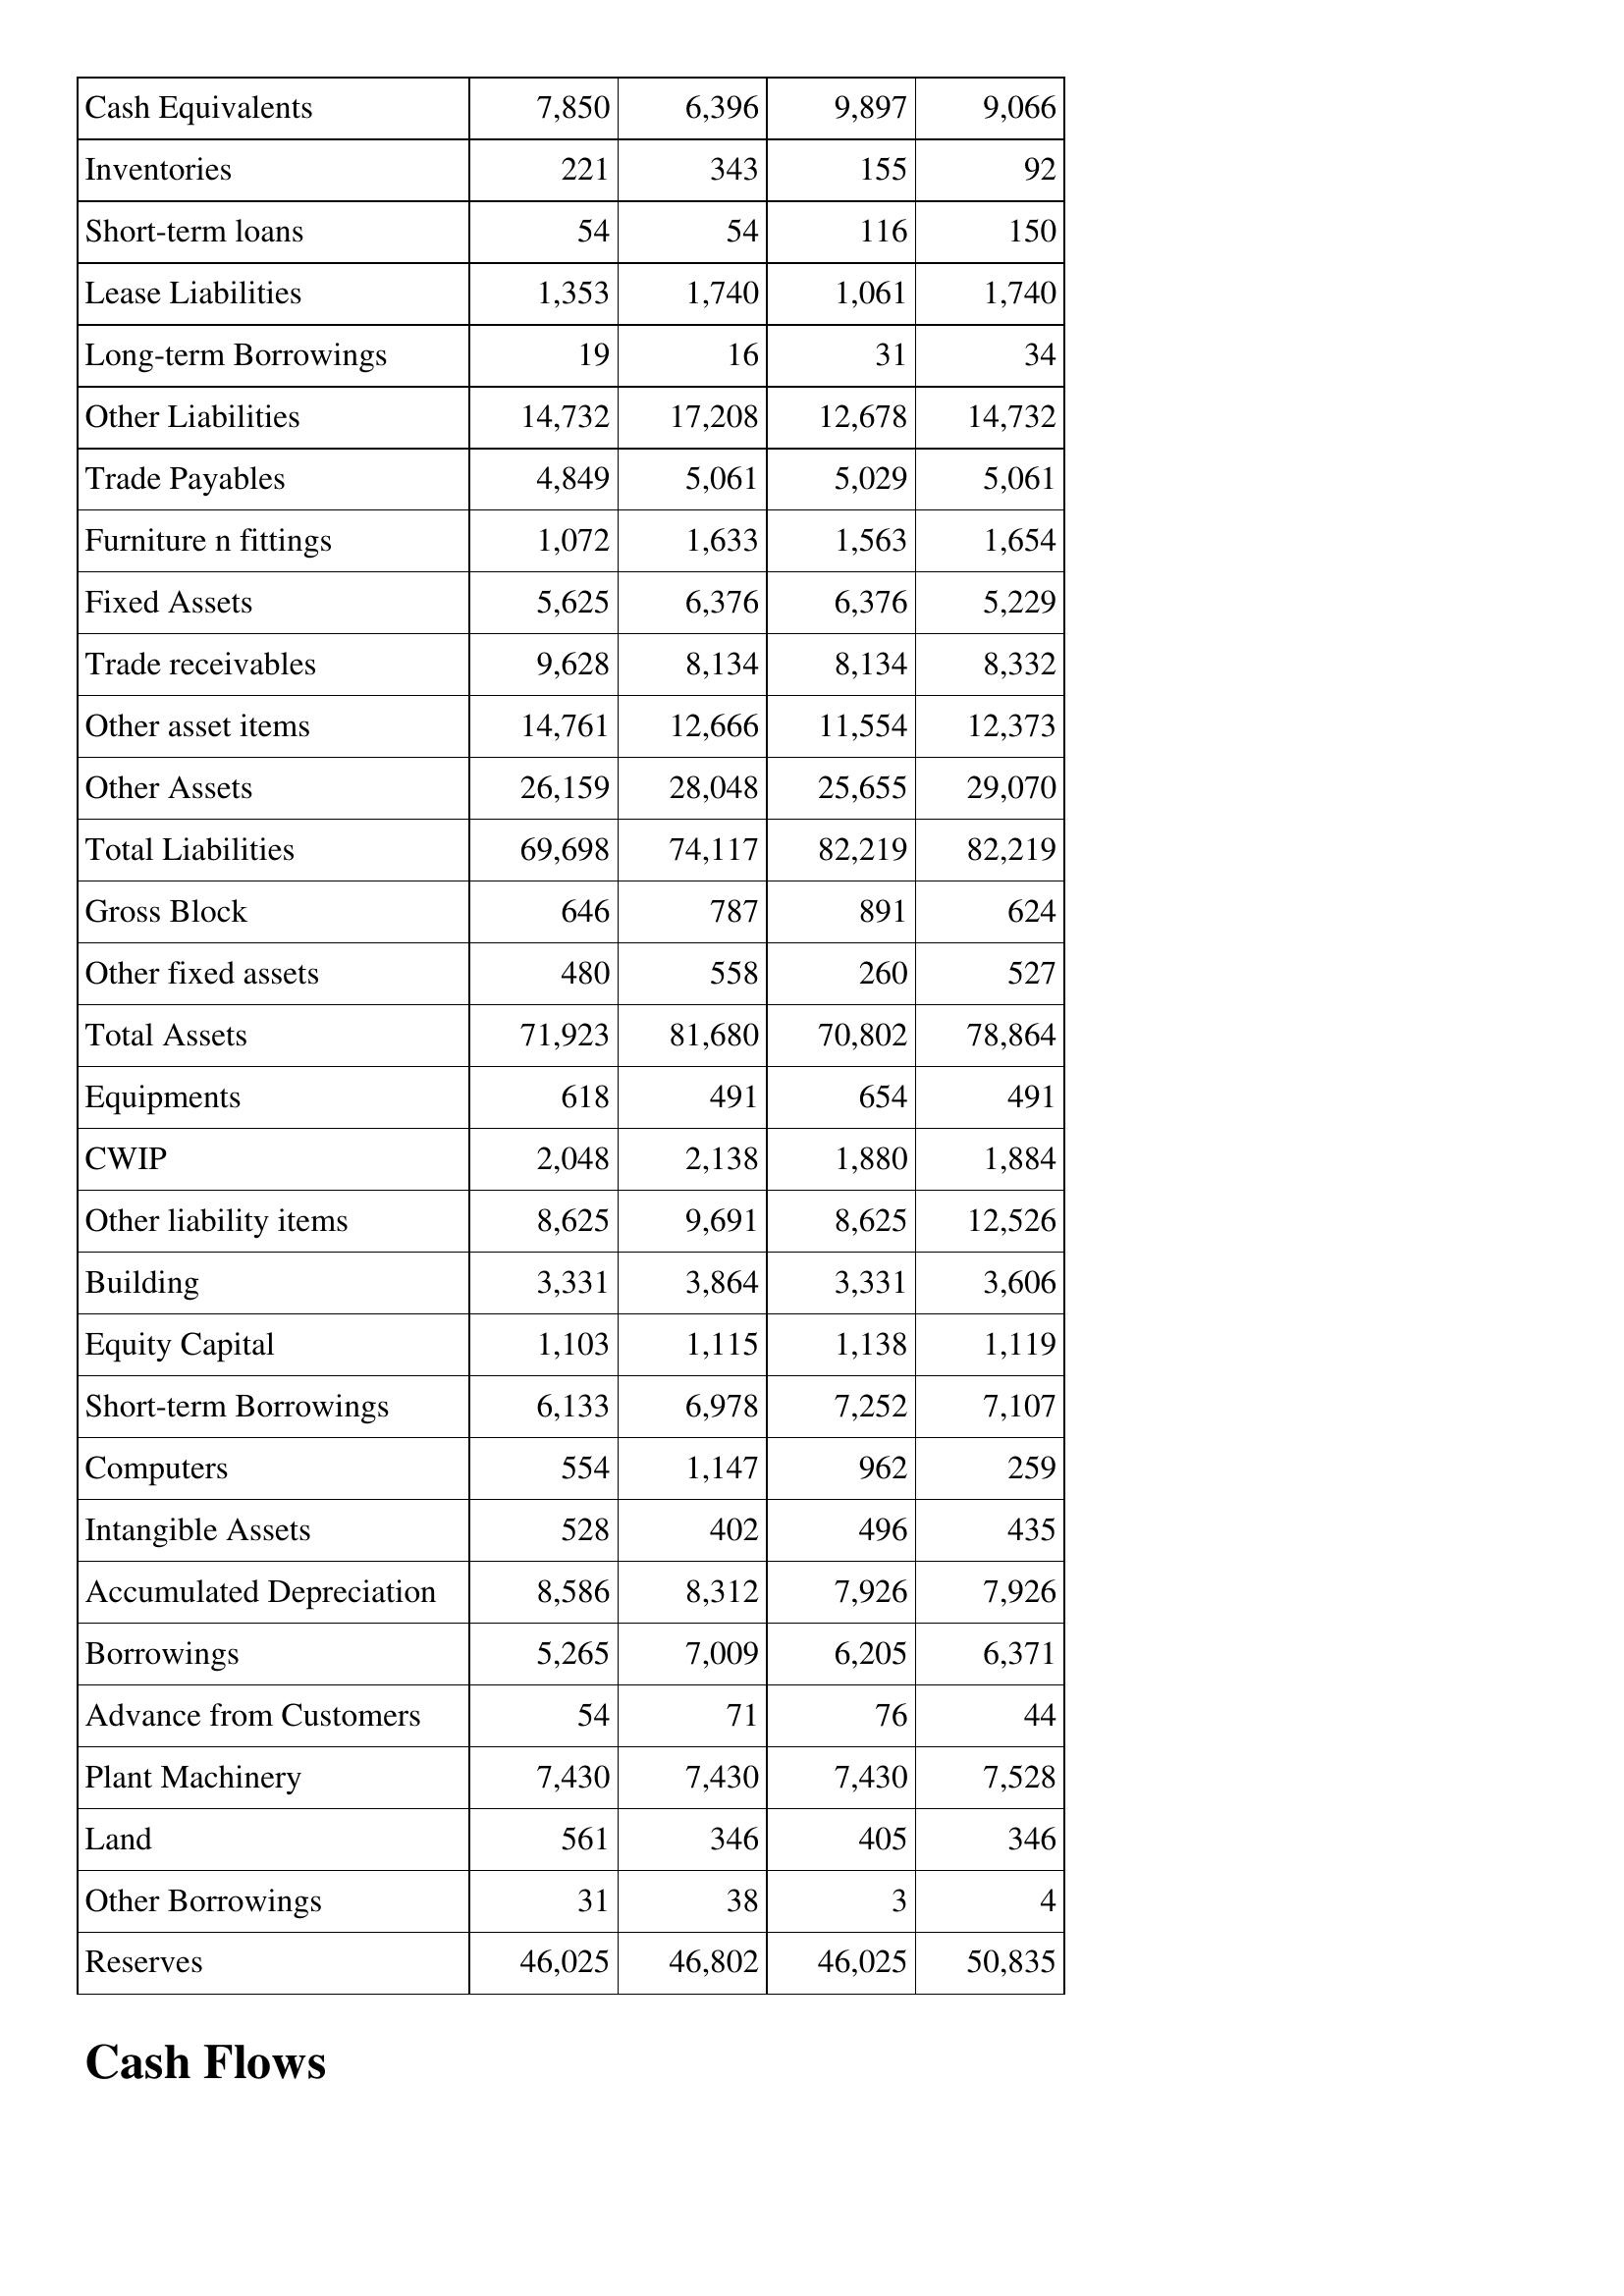
Apr-12: Balance Sheet: Cash Equivalents: 7,850
Inventories: 221
Short-term loans: 54
Lease Liabilities: 1,353
Long-term Borrowings: 19
Other Liabilities: 14,732
Trade Payables: 4,849
Furniture n fittings: 1,072
Fixed Assets: 5,625
Trade receivables: 9,628
Other asset items: 14,761
Other Assets: 26,159
Total Liabilities: 69,698
Gross Block: 646
Other fixed assets: 480
Total Assets: 71,923
Equipments: 618
CWIP: 2,048
Other liability items: 8,625
Building: 3,331
Equity Capital: 1,103
Short-term Borrowings: 6,133
Computers: 554
Intangible Assets: 528
Accumulated Depreciation: 8,586
Borrowings: 5,265
Advance from Customers: 54
Plant Machinery: 7,430
Land: 561
Other Borrowings: 31
Reserves: 46,025
Apr-11: Balance Sheet: Cash Equivalents: 6,396
Inventories: 343
Short-term loans: 54
Lease Liabilities: 1,740
Long-term Borrowings: 16
Other Liabilities: 17,208
Trade Payables: 5,061
Furniture n fittings: 1,633
Fixed Assets: 6,376
Trade receivables: 8,134
Other asset items: 12,666
Other Assets: 28,048
Total Liabilities: 74,117
Gross Block: 787
Other fixed assets: 558
Total Assets: 81,680
Equipments: 491
CWIP: 2,138
Other liability items: 9,691
Building: 3,864
Equity Capital: 1,115
Short-term Borrowings: 6,978
Computers: 1,147
Intangible Assets: 402
Accumulated Depreciation: 8,312
Borrowings: 7,009
Advance from Customers: 71
Plant Machinery: 7,430
Land: 346
Other Borrowings: 38
Reserves: 46,802
Apr-10: Balance Sheet: Cash Equivalents: 9,897
Inventories: 155
Short-term loans: 116
Lease Liabilities: 1,061
Long-term Borrowings: 31
Other Liabilities: 12,678
Trade Payables: 5,029
Furniture n fittings: 1,563
Fixed Assets: 6,376
Trade receivables: 8,134
Other asset items: 11,554
Other Assets: 25,655
Total Liabilities: 82,219
Gross Block: 891
Other fixed assets: 260
Total Assets: 70,802
Equipments: 654
CWIP: 1,880
Other liability items: 8,625
Building: 3,331
Equity Capital: 1,138
Short-term Borrowings: 7,252
Computers: 962
Intangible Assets: 496
Accumulated Depreciation: 7,926
Borrowings: 6,205
Advance from Customers: 76
Plant Machinery: 7,430
Land: 405
Other Borrowings: 3
Reserves: 46,025
Apr-09: Balance Sheet: Cash Equivalents: 9,066
Inventories: 92
Short-term loans: 150
Lease Liabilities: 1,740
Long-term Borrowings: 34
Other Liabilities: 14,732
Trade Payables: 5,061
Furniture n fittings: 1,654
Fixed Assets: 5,229
Trade receivables: 8,332
Other asset items: 12,373
Other Assets: 29,070
Total Liabilities: 82,219
Gross Block: 624
Other fixed assets: 527
Total Assets: 78,864
Equipments: 491
CWIP: 1,884
Other liability items: 12,526
Building: 3,606
Equity Capital: 1,119
Short-term Borrowings: 7,107
Computers: 259
Intangible Assets: 435
Accumulated Depreciation: 7,926
Borrowings: 6,371
Advance from Customers: 44
Plant Machinery: 7,528
Land: 346
Other Borrowings: 4
Reserves: 50,835